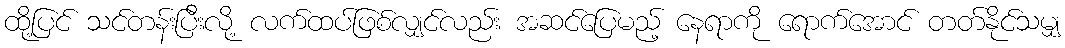
ထို့ပြင် သင်တန်းပြီးလို့ လက်ထပ်ဖြစ်လျှင်လည်း အဆင်ပြေမည့် နေရာကို ရောက်အောင် တတ်နိုင်သမျှ